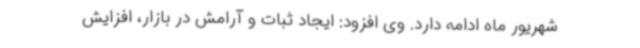
شهریور ماه‌ ادامه دارد. وی افزود: ایجاد ثبات و آرامش در بازار، افزایش